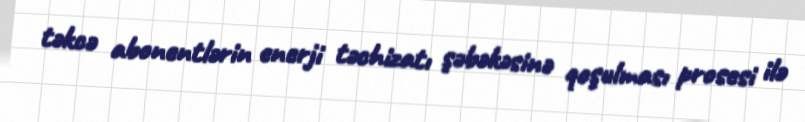
təkcə abonentlərin enerji təchizatı şəbəkəsinə qoşulması prosesi ilə